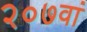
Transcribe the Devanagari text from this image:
२०७वां